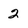
Character: 2